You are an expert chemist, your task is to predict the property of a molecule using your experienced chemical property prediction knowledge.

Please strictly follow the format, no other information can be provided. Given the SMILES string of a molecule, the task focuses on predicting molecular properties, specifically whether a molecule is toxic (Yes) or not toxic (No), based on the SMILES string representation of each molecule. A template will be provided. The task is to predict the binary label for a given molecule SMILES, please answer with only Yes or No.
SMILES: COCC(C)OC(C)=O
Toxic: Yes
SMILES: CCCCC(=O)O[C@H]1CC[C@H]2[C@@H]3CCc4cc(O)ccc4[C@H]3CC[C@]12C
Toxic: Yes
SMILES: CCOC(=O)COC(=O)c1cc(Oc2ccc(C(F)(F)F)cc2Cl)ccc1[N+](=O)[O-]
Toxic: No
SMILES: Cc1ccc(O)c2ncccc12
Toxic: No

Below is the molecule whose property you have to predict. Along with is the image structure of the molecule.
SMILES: O=c1nn[nH]c2ccccc12
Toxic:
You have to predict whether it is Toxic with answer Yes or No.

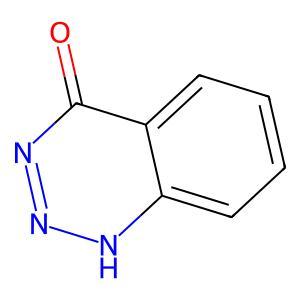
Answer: No